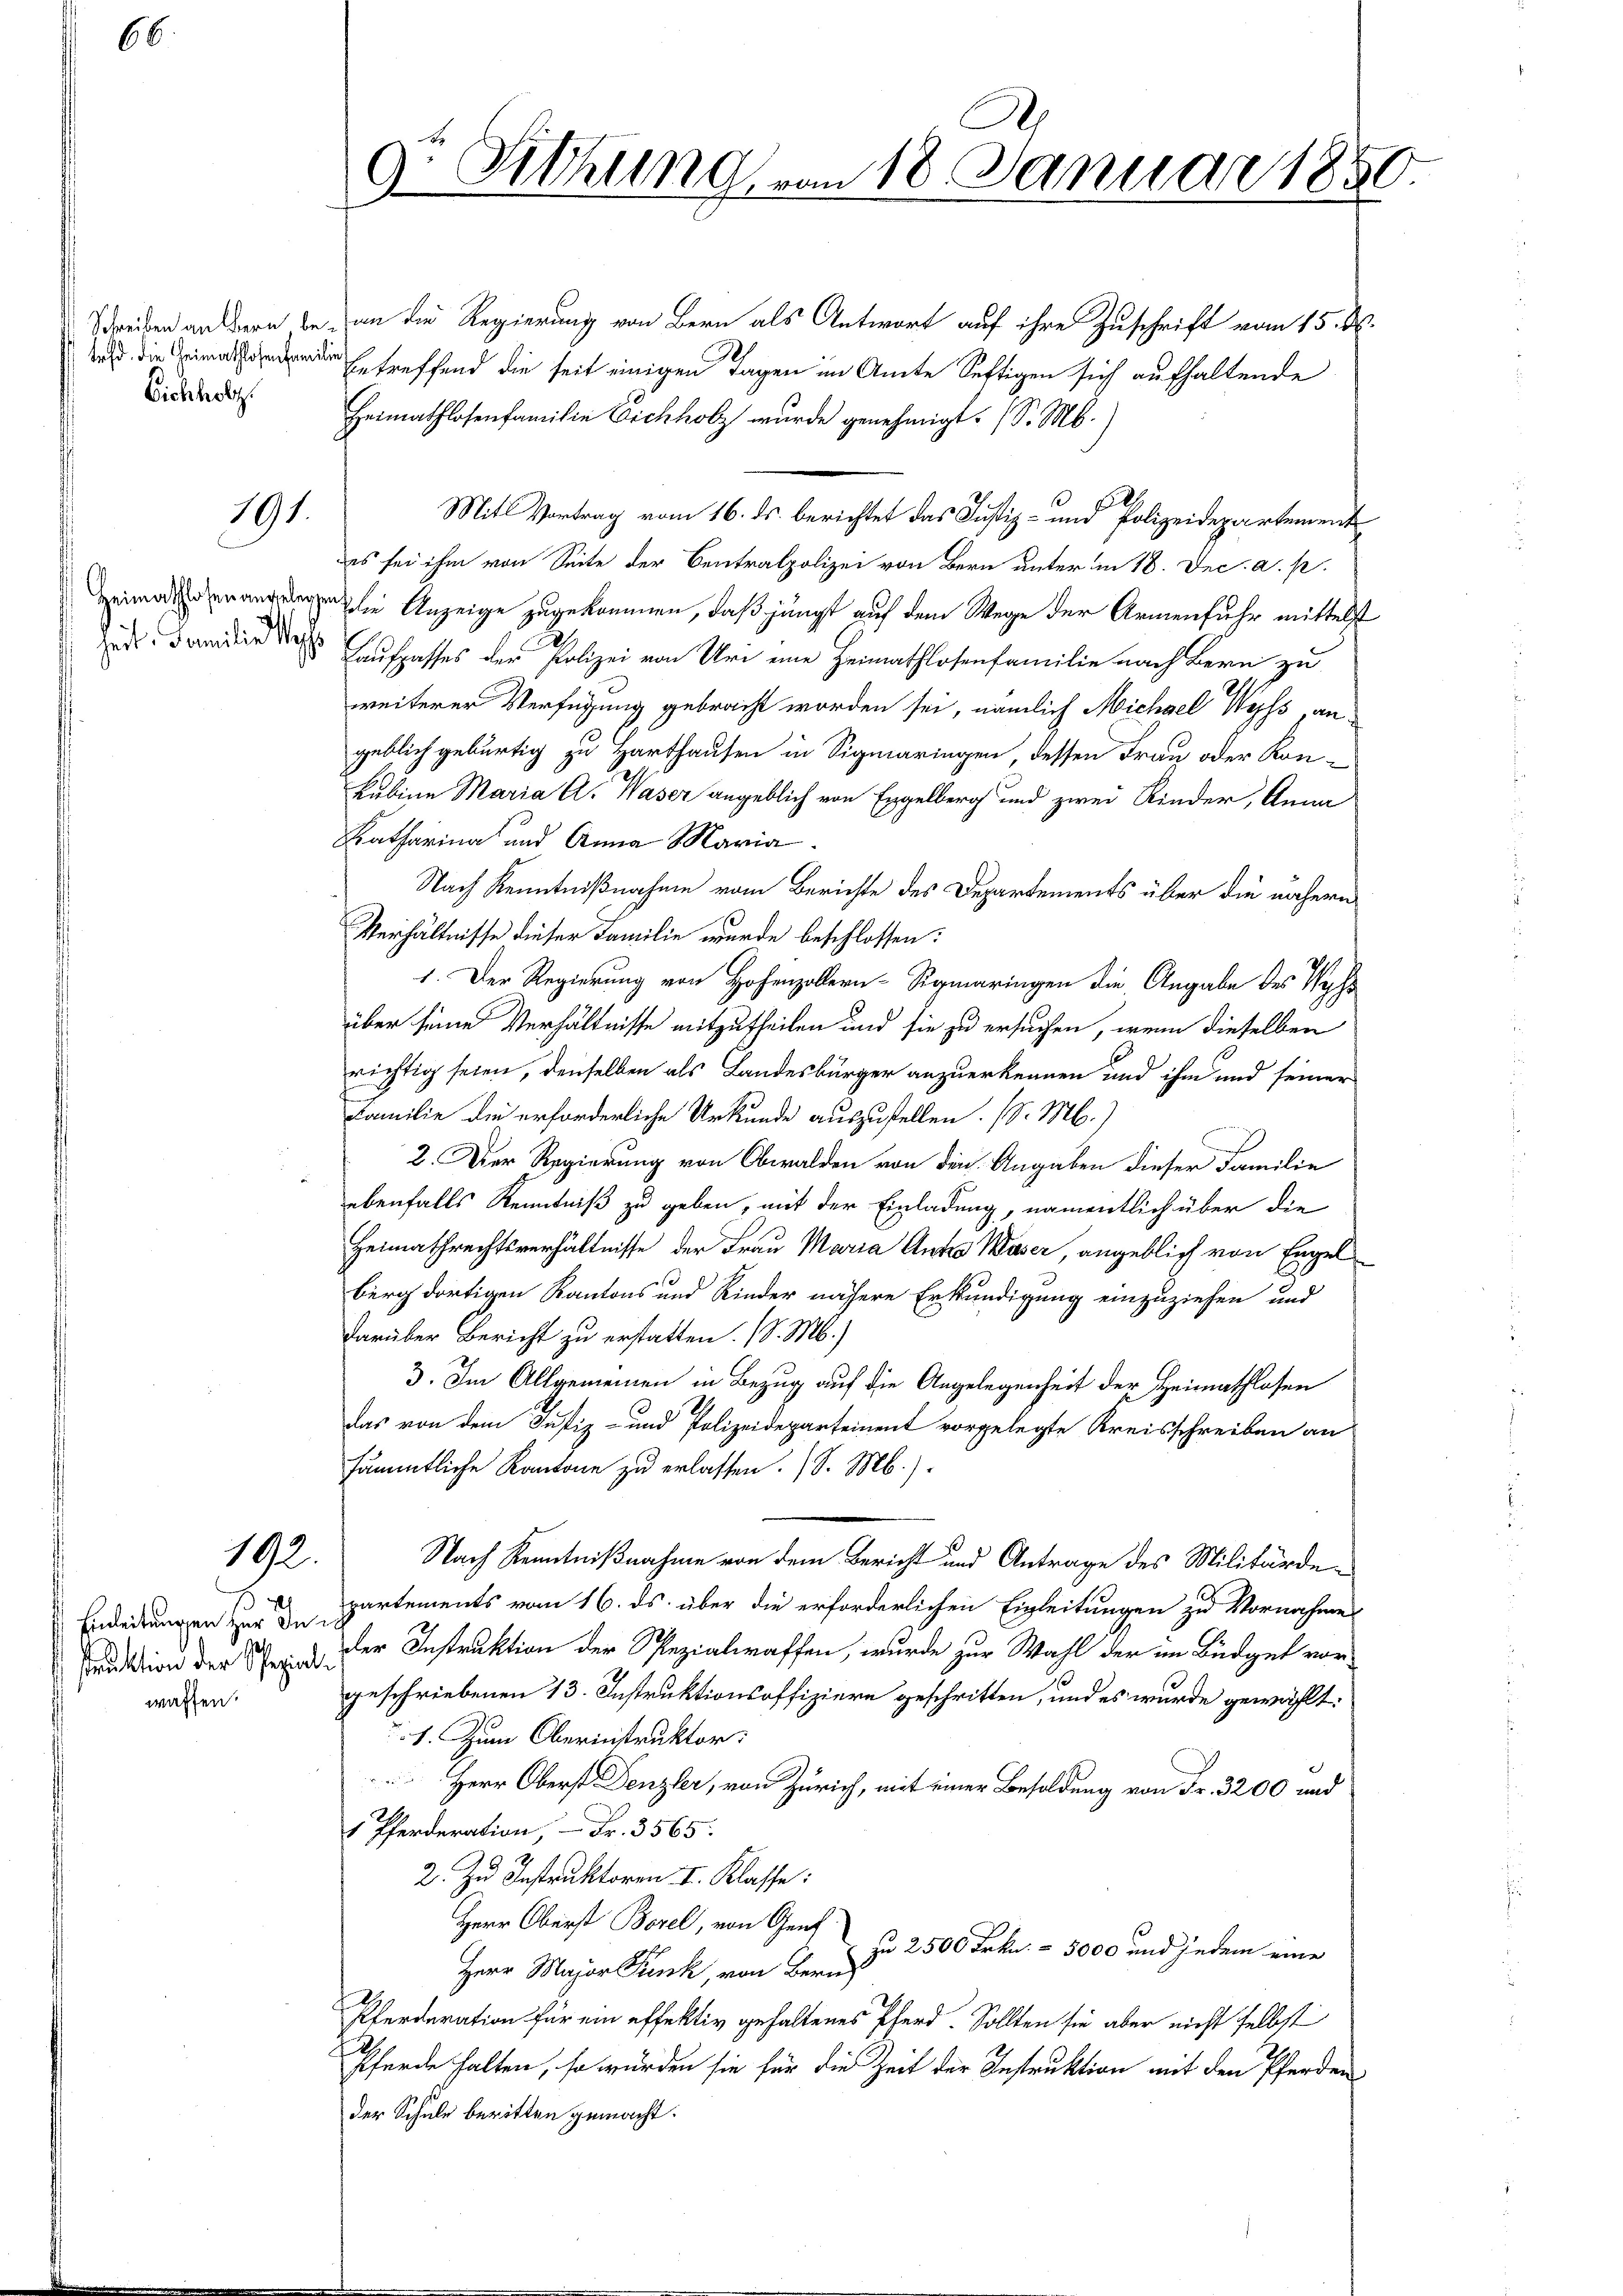
66.

tafd., die Heimathlosenfamilie
Eichholz

191.

192.

waffen.

Schreiben an dern be- an die Regierung von Bern als Antwort auf ihre Zuschrift vom 15. d.
betreffend die seit einigen Tagen im Amte Seftigen sich aufhaltende
Heimathlosenfamilie Eichholz wurde genehmigt. (S. M.
Mit Vortrag vom 16. ds. berichtet das Justiz- und Polizeidepartement
es sei ihm von Seite der Centralpolizei von Bern unter in 18. Dec. a. p.
eie Anzeige zugekommen, daß jüngst auf dem Wege der Armenfuhr mittelst
id. Friden des Kaufpasses der Polizei von Uri eine Heimathlosenfamilie nach Bern zu
weiterer Verfügung gebracht worden sei, nämlich Michael Weiss, an
geblich gebürtig zu Harthausen in Sigmaringen, dessen Frau oder Kon¬
Kabine Maria A. Waser angeblich von Engelberg und zwei Kinder, Anna
Katharina und Anna Maria
Nach Kenntnißnahme vom Berichte des Departements über die nähern
Verhältnisse dieser Familie wurde beschlossen:
1. Der Regierung von Hohenzollern-Sigmaringen die Angabe des Wechs
über seine Verhältnisse mitzutheilen und sie zu ersuchen, wenn dieselben
richtig seien, denselben als Landesbürger anzuerkennen und ihm und seiner
Familie die erforderliche Urkunde auszustellen. (S. M.)
2. Der Regierung von Obwalden von den Angaben dieser Familie
ebenfalls Kenntniß zu geben, mit der Einladung, namentlich über die
Heimathrechtsverhältnisse der Frau Maria Antro Waser, angeblich von Engel
e
berg dortigen Kantons und Kinder nähere Erkundigung einzuziehen und
darüber Bericht zu erstatten. (S. M.)
3. Im Allgemeinen in Bezug auf die Angelegenheit der Heimathlosen
das von dem Justiz- und Polizeidepartement vorgelegte Kreisschreiben an
sämmtliche Kantone zu erlassen. (S. M.)
Nach Kenntnißnahme von dem Bericht und Antrage des Militärde¬
Endreitungen zur partements vom 16. ds. über die erforderlichen Ergleitungen zu Vornahmes
ruktion der S. 3 der Instruktion der Spezialraffen, wurde zur Wahl der im Büdget vorgeschriebenen 13. Instruktionsoffiziere geschritten, und es wurde gewählt:
1. Zum Oberinstruktor.
Herr Oberst Denzler, von Zürich, mit einer Besoldung von Fr. 3200 und
1 Pferderation, Fr. 3565:
2. Zu Instruktoren I. Klasse:
Herr Oberst Borel, von Genf
zu 2500 Frkn. 5000 und jedem eine
Herr Major Frank, von Bern
Pferderation für ein effektiv gehaltenes Pferd. Sollten sie aber nicht selbst
Pferde halten, so würden sie für die Zeit der Instruktion mit den Pferden
der Schule beritten gemacht.

9. Sitzung von 18. Januar 1850.